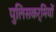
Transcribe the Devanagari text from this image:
पुलिसकर्मियों